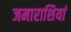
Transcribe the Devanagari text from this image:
जमाराशियां